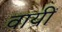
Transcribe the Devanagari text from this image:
वायीं